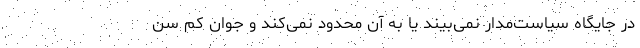
در جایگاه سیاست‌مدار نمی‌بیند یا به آن محدود نمی‌کند و جوان کم سن